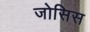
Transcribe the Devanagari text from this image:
जोसिस